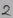
Text: 2